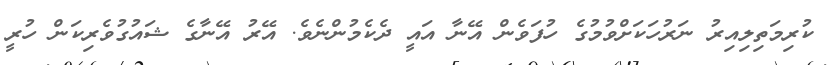
ކުރިމަތިލިއިރު ނަރުހަކަށްވުމުގެ ހުފަވެން އޭނާ އައީ ދެކެމުންނެވެ. އޭރު އޭނާގެ ޝައުގުވެރިކަން ހުރީ